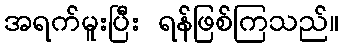
အရက်မူးပြီး ရန်ဖြစ်ကြသည်။